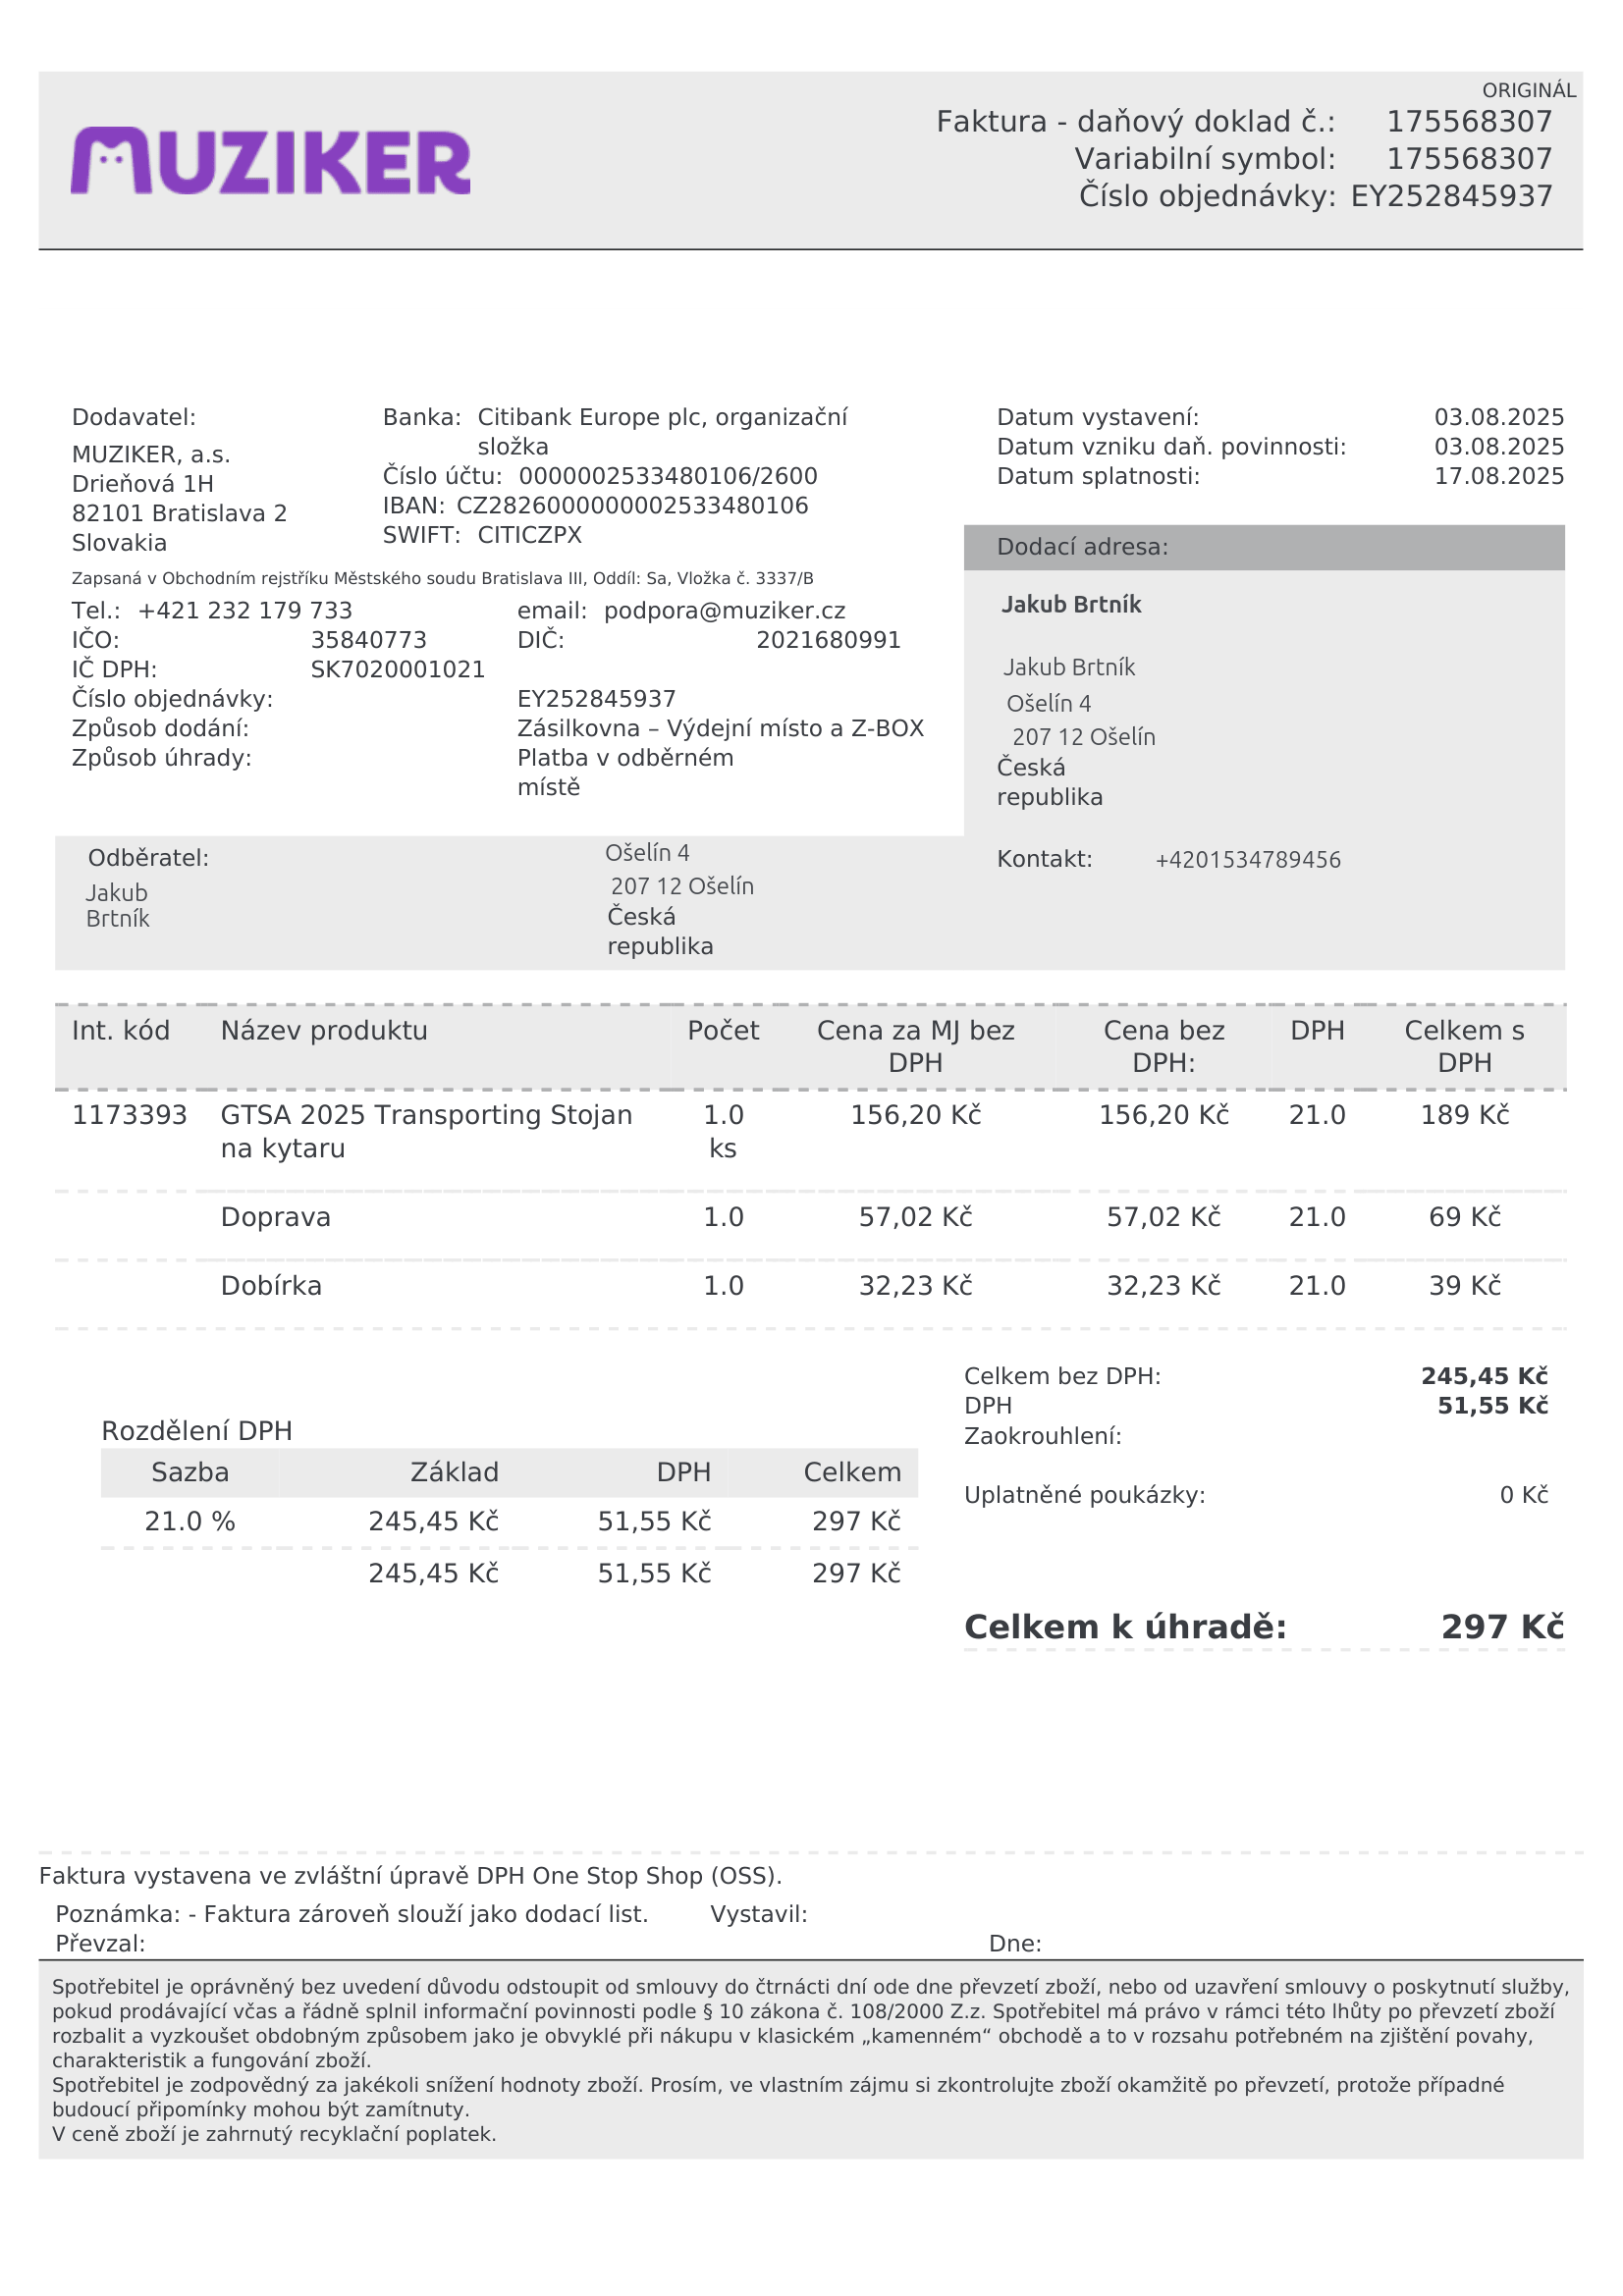
invoice_number: 175568307
supp_register_id: 35840773
supp_tax_id: SK7020001021
issue_date: 03.08.2025
taxable_supply_date: 03.08.2025
due_date: 17.08.2025
payment_type: Platba v odběrném místě
bank_account_number: 0000002533480106/2600
iban: CZ2826000000002533480106
bic: CITICZPX
variable_symbol: 175568307
total: 297